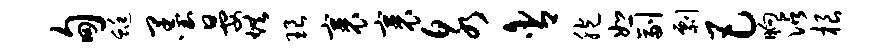
甸蜓墨晏烘琅裹裹泉含胞恕副剽巴晌沾根